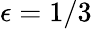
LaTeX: \epsilon=1/3